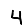
Digit: 4